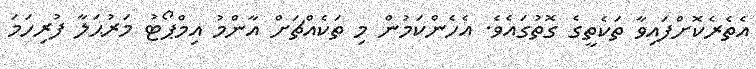
އެތެރެކޮށްފައިވާ ތަކެތީގެ ގޮތުގައެވެ. އެހެންކަމުން މި ތަކެއްޗަށް އާންމު އިމްޕޯޓު މަރުޙަލާ ފުރިހަމަ